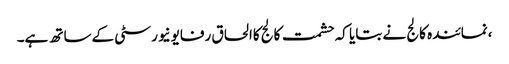
،نمائندہ کالج نے بتایا کہ حشمت کالج کاالحاق رفایونیورسٹی کےساتھ ہے۔